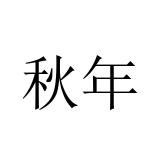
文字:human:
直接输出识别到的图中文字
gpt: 秋年